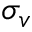
\sigma _ { v }